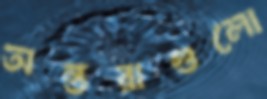
অন্তরাগুলো